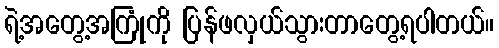
ရဲ့အတွေ့အကြုံကို ပြန်ဖလှယ်သွားတာတွေ့ရပါတယ်။